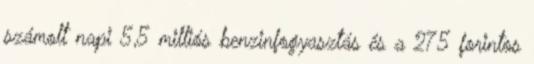
számolt napi 5,5 milliós benzinfogyasztás és a 275 forintos